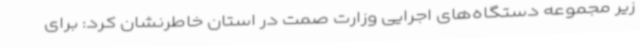
زیر مجموعه دستگاه‌های اجرایی وزارت صمت در استان خاطرنشان کرد: برای